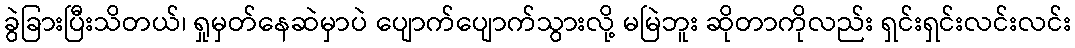
ခွဲခြားပြီးသိတယ်၊ ရှုမှတ်နေဆဲမှာပဲ ပျောက်ပျောက်သွားလို့ မမြဲဘူး ဆိုတာကိုလည်း ရှင်းရှင်းလင်းလင်း